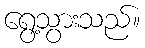
ရွေ့သွားသည်။